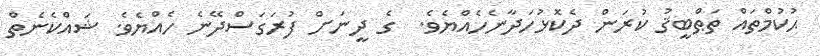
ޙުކުމްތައް ތަޠްބީޤު ކުރަން ދެކޮޅުހަދާނެހެއްޔެވެ.  ގެ ދީނަށް ފުރަގަސްދޭނެ ހެއްޔެވެ. ޝައްކެނެތް